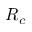
R _ { c }